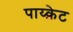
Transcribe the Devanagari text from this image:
पाय्क्रेट